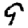
Digit: 9